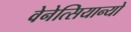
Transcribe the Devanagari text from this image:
वेनेत्सियान्यो